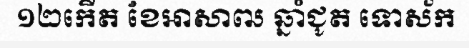
១២កើត ខែអាសាឍ ឆ្នាំជូត ទោស័ក